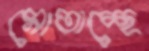
মোতাচ্ছে